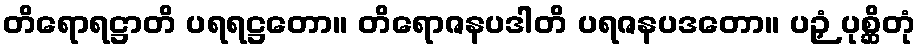
တိရောရဋ္ဌာတိ ပရရဋ္ဌတော။ တိရောဇနပဒါတိ ပရဇနပဒတော။ ပဉှံ ပုစ္ဆိတုံ